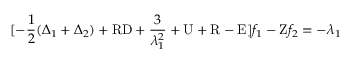
[ - \frac { 1 } { 2 } ( \Delta _ { 1 } + \Delta _ { 2 } ) + \mathrm { R D } + \frac { 3 } { \lambda _ { 1 } ^ { 2 } } + \mathrm { U } + \mathrm { R } - \mathrm { E } ] f _ { 1 } - \mathrm { Z } f _ { 2 } = - \lambda _ { 1 }